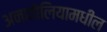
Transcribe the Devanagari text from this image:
अनातोलियामधील